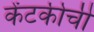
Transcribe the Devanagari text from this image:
केंटकीची